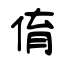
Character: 俼